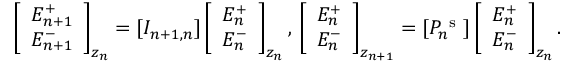
\left[ \begin{array} { l } { E _ { n + 1 } ^ { + } } \\ { E _ { n + 1 } ^ { - } } \end{array} \right] _ { z _ { n } } = [ I _ { n + 1 , n } ] \left[ \begin{array} { l } { E _ { n } ^ { + } } \\ { E _ { n } ^ { - } } \end{array} \right] _ { z _ { n } } , \, \left[ \begin{array} { l } { E _ { n } ^ { + } } \\ { E _ { n } ^ { - } } \end{array} \right] _ { z _ { n + 1 } } = [ P _ { n } ^ { \mathrm { ~ s ~ } } ] \left[ \begin{array} { l } { E _ { n } ^ { + } } \\ { E _ { n } ^ { - } } \end{array} \right] _ { z _ { n } } .